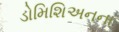
ડોમિશિઅનના